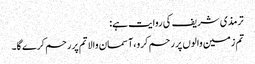
ترمذی شریف کی روایت ہے:
تم زمین والوں پر رحم کرو،آسمان والا تم پر رحم کرے گا۔